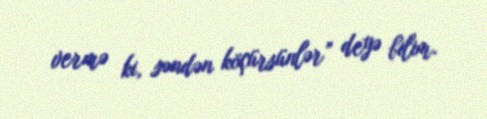
vermə ki, səndən köçürsünlər” deyə bilim.